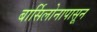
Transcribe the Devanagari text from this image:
बार्सिलोनापासून